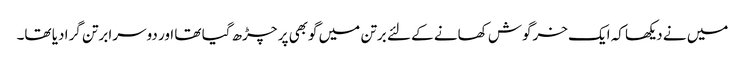
میں نے دیکھا کہ ایک خرگوش کھانے کے لئے برتن میں گوبھی پر چڑھ گیا تھا اور دوسرا برتن گرا دیا تھا۔